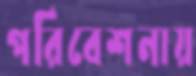
পরিবেশনায়